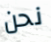
نحن